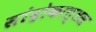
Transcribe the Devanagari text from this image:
सांद्रोकात्तस